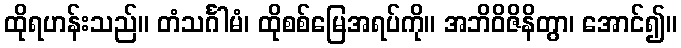
ထိုရဟန်းသည်။ တံသင်္ဂါမံ၊ ထိုစစ်မြေအရပ်ကို။ အဘိဝိဇိနိတွာ၊ အောင်၍။